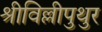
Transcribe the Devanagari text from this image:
श्रीविल्लीपुथुर